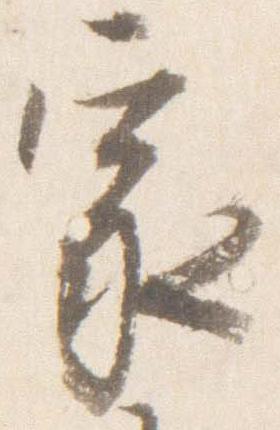
家